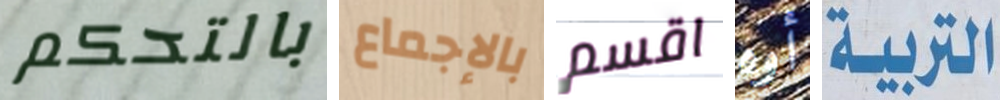
بالتحكم بالإجماع اقسم أوه التربية